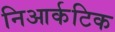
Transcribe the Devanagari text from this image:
निआर्कटिक